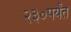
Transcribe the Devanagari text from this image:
२३०पर्यंत